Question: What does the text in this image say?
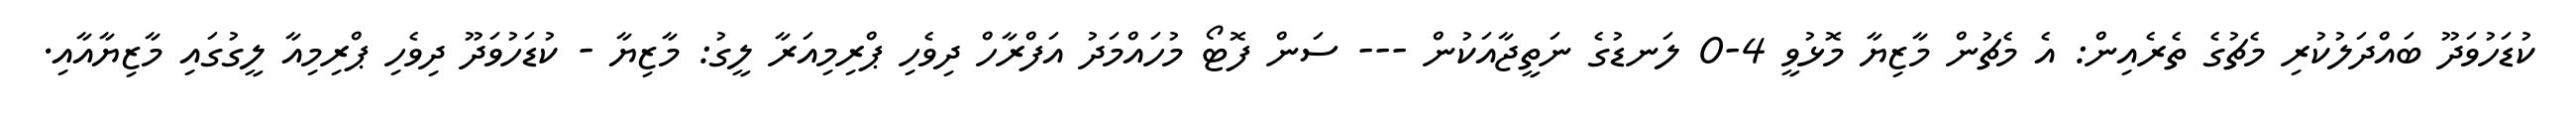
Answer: ކުޑަހުވަދޫ ބައްދަލުކުރި މެޗުގެ ތެރެއިން: އެ މެޗުން މާޒިޔާ މޮޅުވީ 4-0 ލަނޑުގެ ނަތީޖާއަކުން --- ސަން ފޮޓޯ މުހައްމަދު އަފްރާހް ދިވެހި ޕްރިމިއަރާ ލީގު: މާޒިޔާ - ކުޑަހުވަދޫ ދިވެހި ޕްރިމިއާ ލީގުގައި މާޒިޔާއާއި.